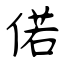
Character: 偌